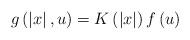
LaTeX: \begin{align*}g\left( \left| x\right| ,u\right) =K\left( \left| x\right| \right) f\left(u\right) \end{align*}